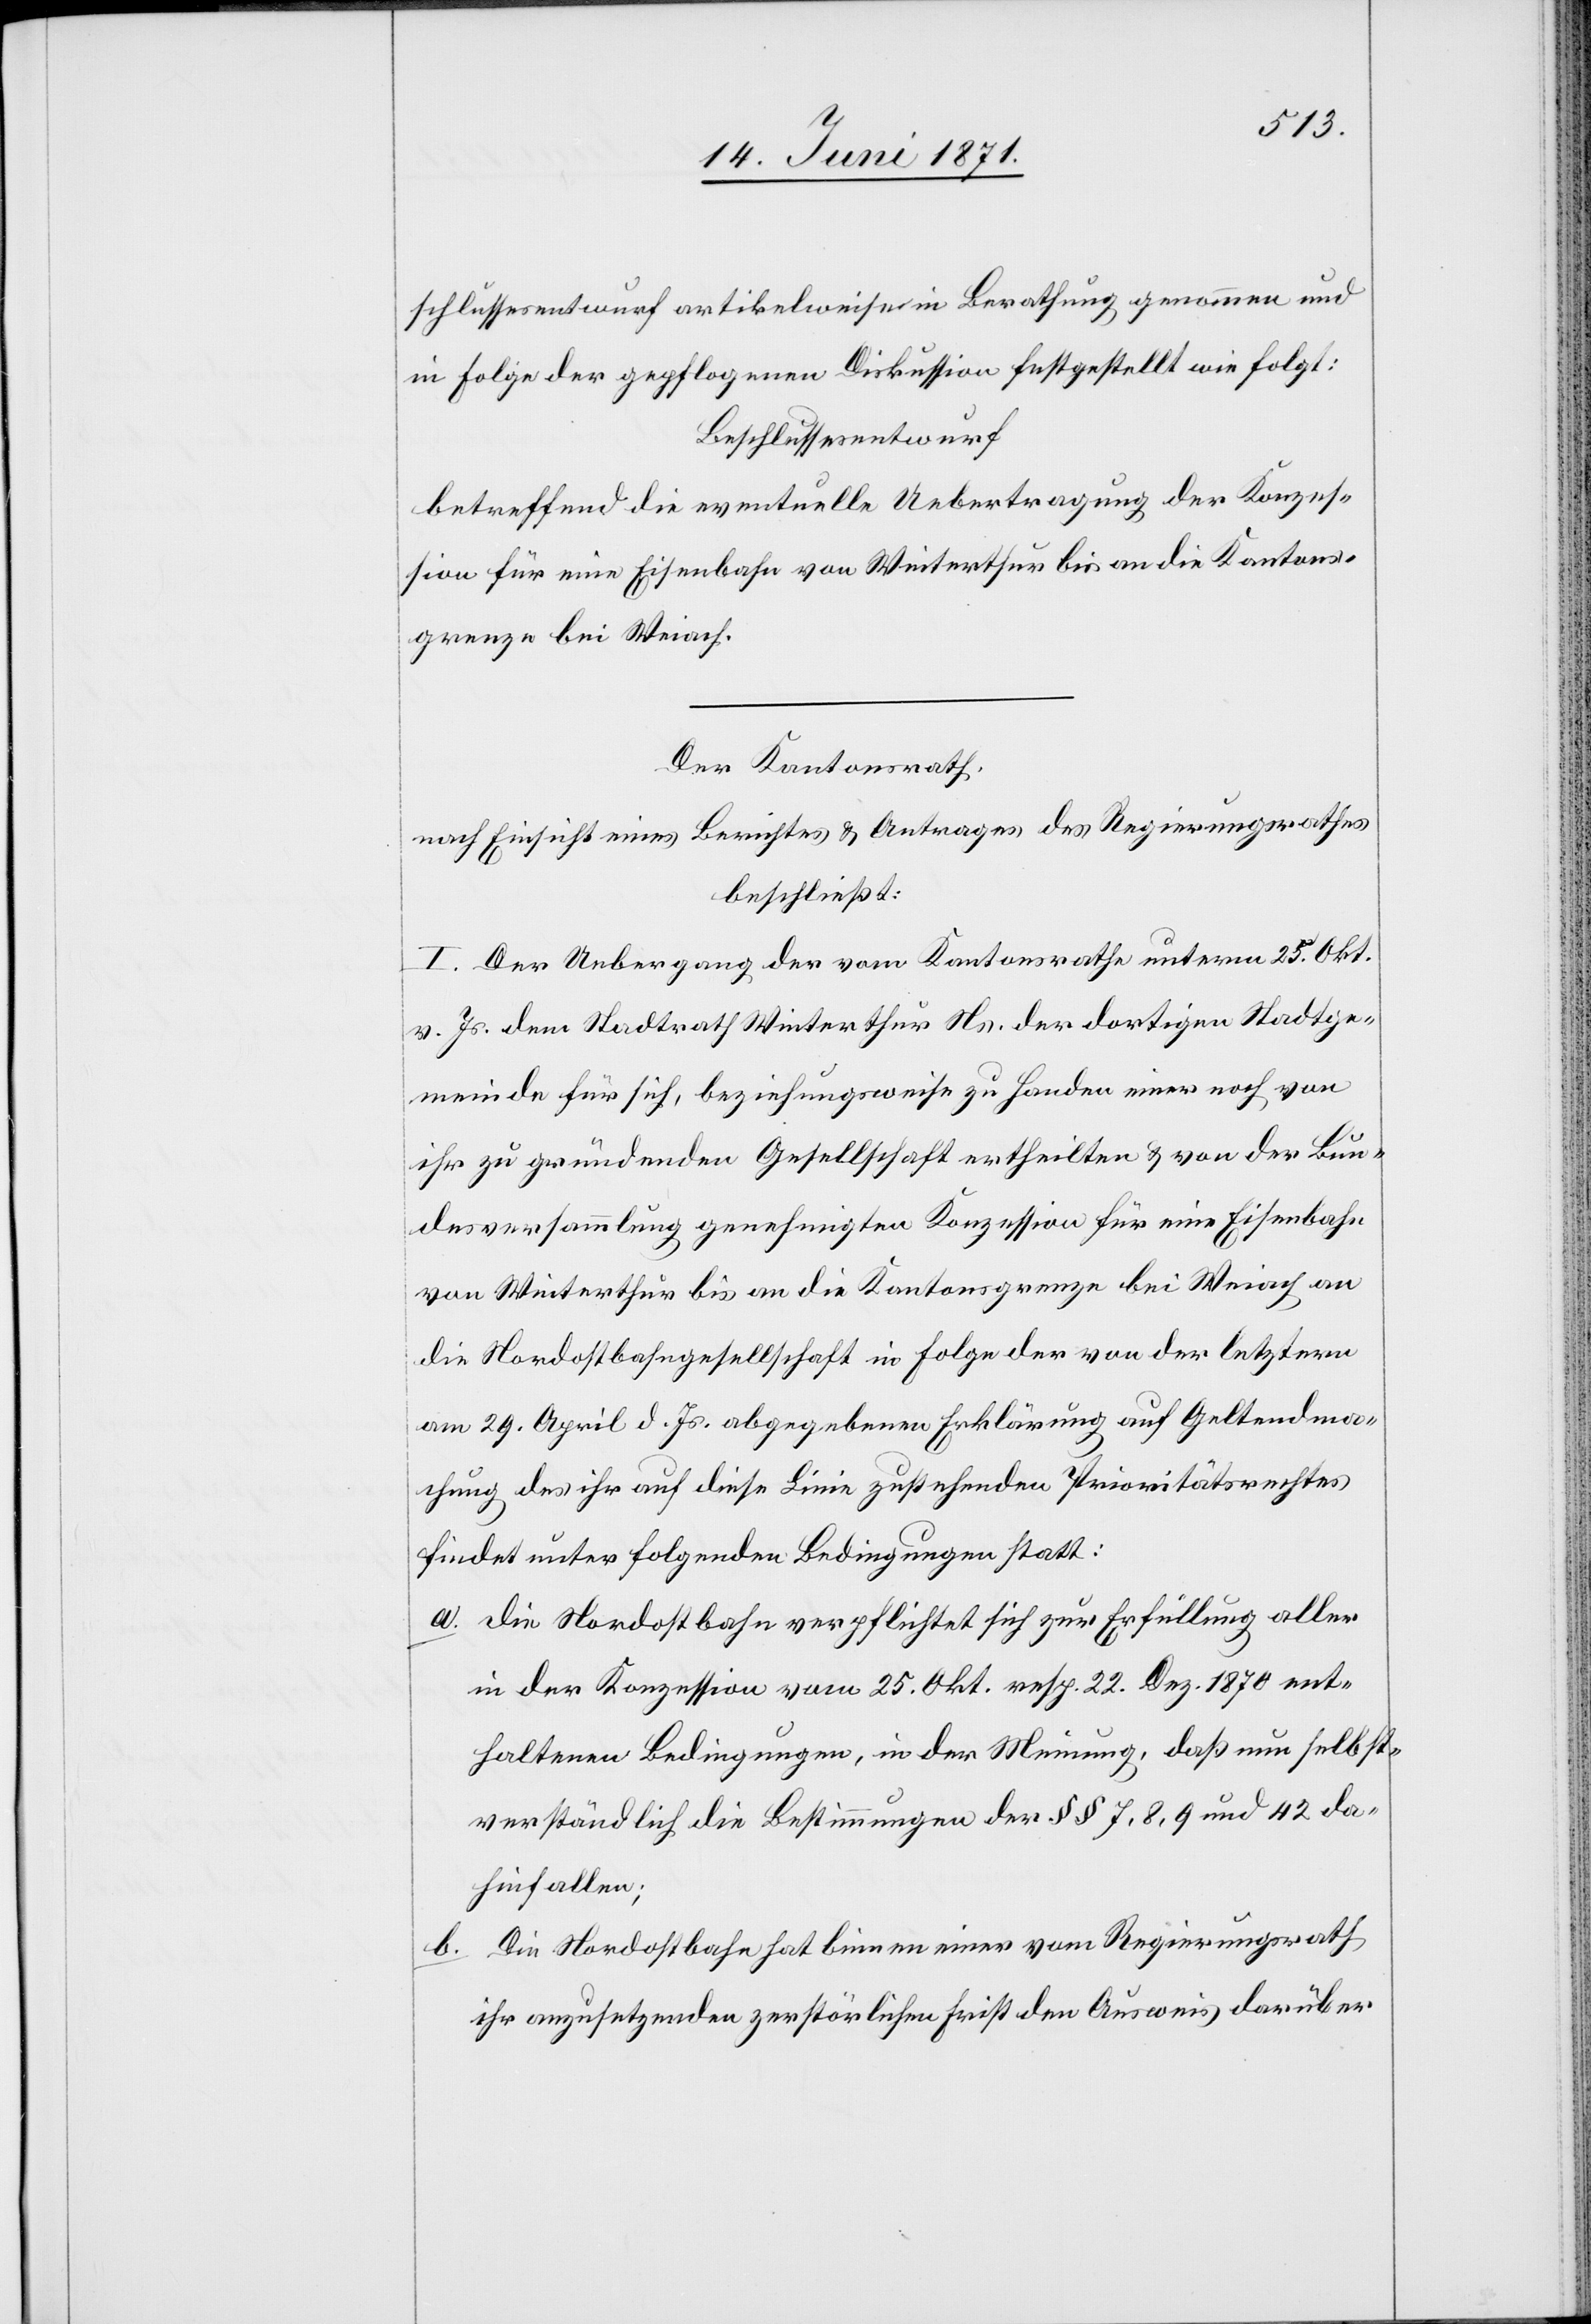
schlussesentwurf artikelweise in Berathung genommen und
in Folge der gepflogenen Diskussion festgestellt wie folgt:
Beschlussesentwurf
betreffend die eventuelle Uebertragung der Konzes¬
sion für eine Eisenbahn von Winterthur bis an die Kantons¬
grenze bei Weiach.
Der Kantonsrath,
nach Einsicht eines Berichtes u. Antrages des Regierungsrathes
beschließt:
I. Der Uebergang der vom Kantonsrathe unterm 25. Okt.
v. Js. dem Stadtrath Winterthur Ns. der dortigen Stadtge¬
meinde für sich, beziehungsweise zu Handen einer noch von
ihr zu gründenden Gesellschaft ertheilten u. von der Bun¬
desversammlung genehmigten Konzession für eine Eisenbahn
von Winterthur bis an die Kantonsgrenze bei Weiach an
die Nordostbahngesellschaft in Folge der von der letztern
am 29. April d. Js. abgegebenen Erklärung auf Geltendma¬
chung des ihr auf diese Linie zustehenden Prioritätsrechtes
findet unter folgenden Bedingungen statt:
a. die Nordostbahn verpflichtet sich zur Erfüllung aller
in der Konzession vom 25. Okt. resp. 22. Dez. 1870 ent¬
haltenen Bedingungen, in der Meinung, daß nun selbst¬
verständlich die Bestimmung der §§ 7, 8, 9 und 42 da¬
hinfallen;
b. Die Nordostbahn hat binnen einer vom Regierungsrath
ihr anzusetzenden zerstörlichen Frist den Ausweis darüber